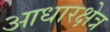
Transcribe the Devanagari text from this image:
आधारक्षेत्र